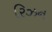
રિઝન